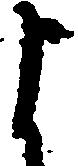
よ